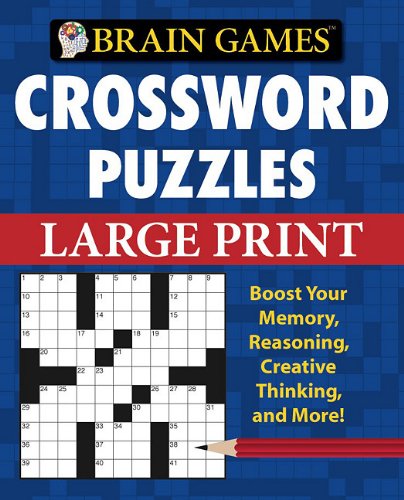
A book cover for Brain Games Crossword Puzzles Large Print (Brain Games (Unnumbered)); Editors of Publications International; Humor & Entertainment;